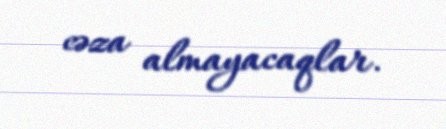
cəza almayacaqlar.